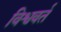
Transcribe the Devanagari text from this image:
विश्ववर्त